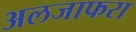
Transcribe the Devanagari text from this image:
अलजाफरा